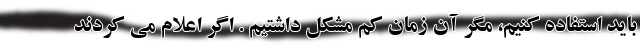
باید استفاده کنیم، مگر آن زمان کم مشکل داشتیم . اگر اعلام می کردند